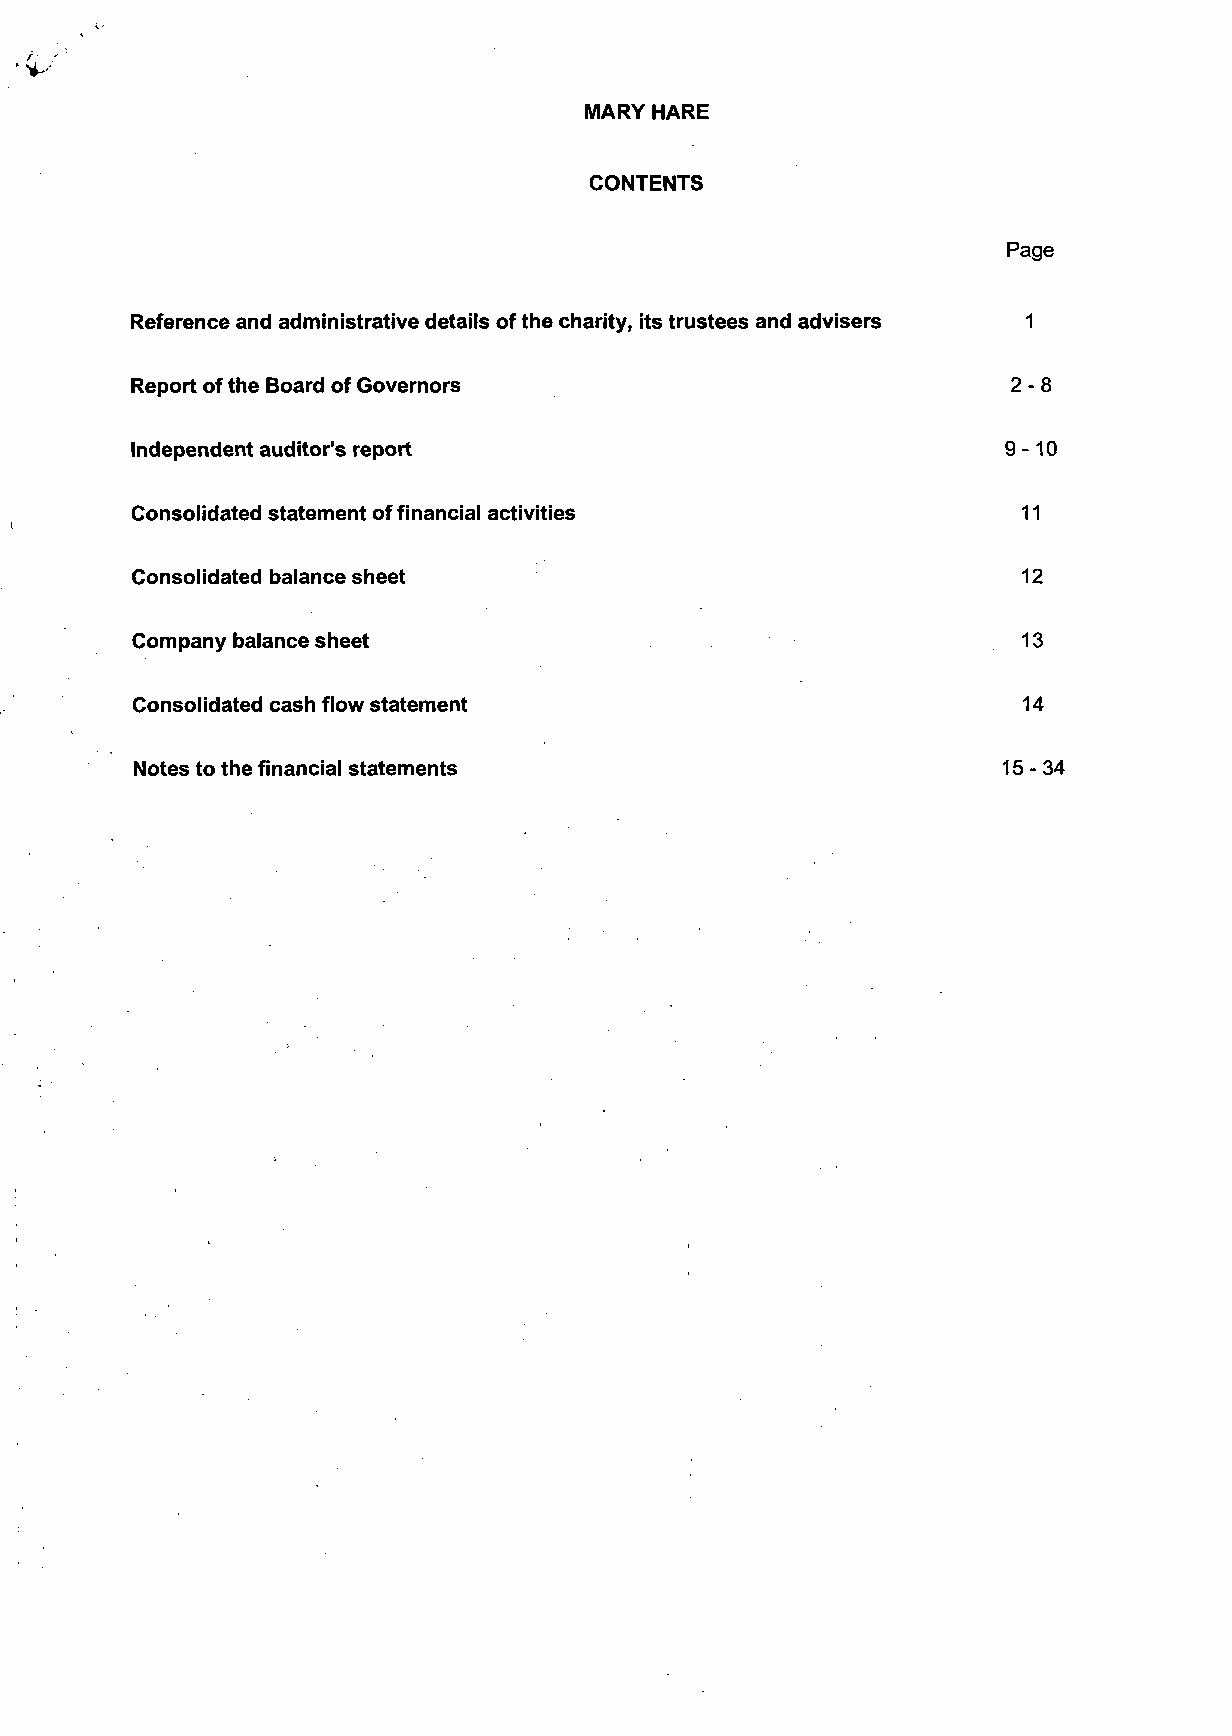
MARY HARE
 CONTENTS
 Page
 Reference and administrative details of the charity, its trustees and advisers 1
 Report of the Board of Governors                          2-8
 Independent auditor's report                              9-10
 Consolidated statement of financial activities             11
 Consolidated balance sheet                                 12
 Company balance sheet                                      13
 Consolidated cash flow statement                           14
 Notes to the financial statements                        15 - 34